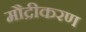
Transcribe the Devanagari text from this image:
मौद्रीकरण